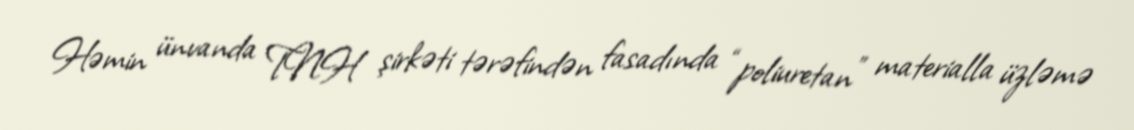
Həmin ünvanda TNH şirkəti tərəfindən fasadında “poliuretan” materialla üzləmə